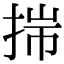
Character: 𢭍